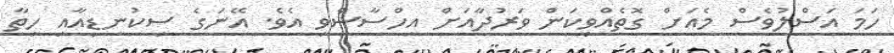
ހަމަ އަސްލުވެސް މެއަށް ގޮތެއްވިކަން ވަރުދާއަށް އިހްސާސްވި އެވެ. އޭނަގެ ސިކުނޑިއާއި ހިތާ